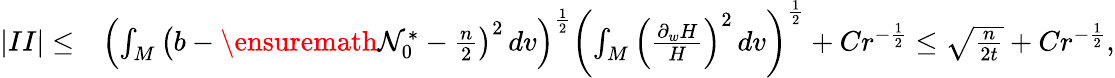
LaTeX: \begin{array}{rl}{|II|\le}&{\left(\int_{M}\left(b-\ensuremath{\mathcal{N}}_{0}^{*}-\frac{n}{2}\right)^{2}\, dv\right)^{\frac 12}\left(\int_{M}\left(\frac{\partial_{w}H}{H}\right)^{2}\, dv\right)^{\frac 12}+Cr^{-\frac{1}{2}}\le\sqrt{\frac{n}{2t}}+Cr^{-\frac{1}{2}},}\end{array}